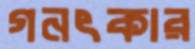
গনৎকার